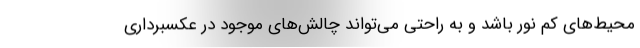
محیط‌های کم نور باشد و به راحتی می‌تواند چالش‌های موجود در عکسبرداری